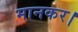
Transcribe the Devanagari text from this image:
मानकर।